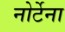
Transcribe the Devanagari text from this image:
नोर्टेना